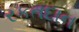
રકતદાન